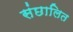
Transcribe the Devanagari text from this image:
संछालित